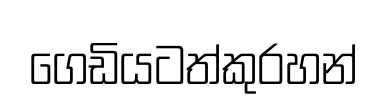
ගෙඩියටත්කුරහන්